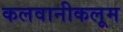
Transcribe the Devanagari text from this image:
कलवानीकलूम